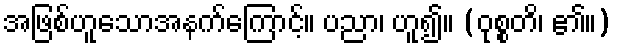
အဖြစ်ဟူသောအနက်ကြောင့်။ ပညာ၊ ဟူ၍။ (ဝုစ္စတိ၊ ၏။)